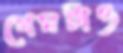
গেমটাও